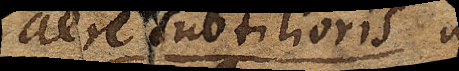
aere subtilioris